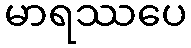
မာရဿပေ